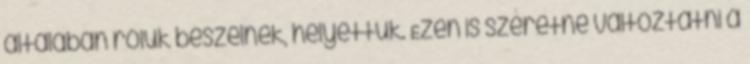
általában róluk beszélnek, helyettük. Ezen is szeretne változtatni a